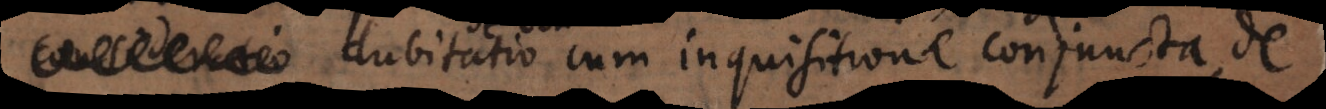
dubitatio cum inquisitione conjuncta, de